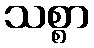
သစ္စာ